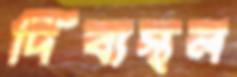
দিব্যস্থল